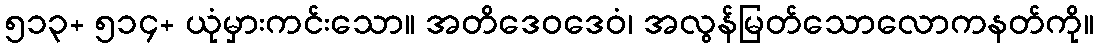
၅၁၃+ ၅၁၄+ ယုံမှားကင်းသော။ အတိဒေဝဒေဝံ၊ အလွန်မြတ်သောလောကနတ်ကို။